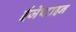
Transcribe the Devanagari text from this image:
ईजेप्टाइन